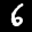
Label: 6